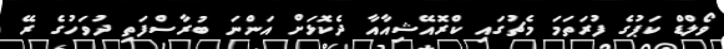
ވޯލްޑް ކަޕުގެ ފުރަތަމަ މެޗުގައި ކްރޮއޭޝިއާއާ ދެކޮޅަށް އަންނަ ބުރާސްފަތި ދުވަހުގެ ރޭ